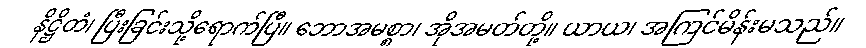
နိဋ္ဌိတံ၊ ပြီးခြင်းသို့ရောက်ပြီ။ ဘောအမစ္စာ၊ အိုအမတ်တို့။ ယာယ၊ အကြင်မိန်းမသည်။